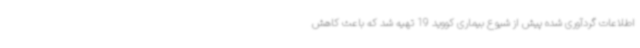
اطلاعات گردآوری شده پیش از شیوع بیماری کووید 19 تهیه شد که باعث کاهش